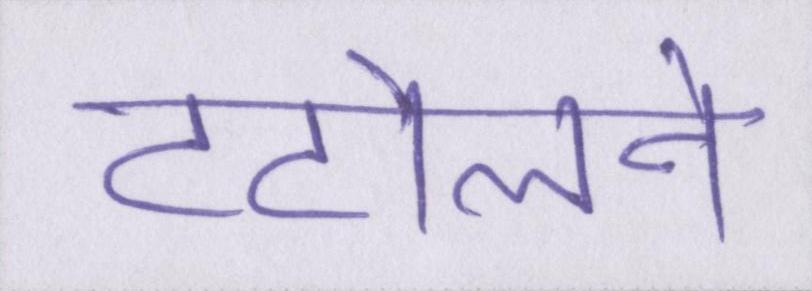
टटोलने